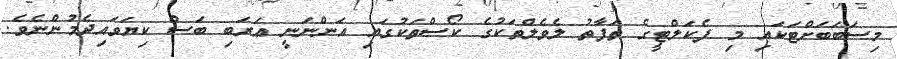
މިސަބަބަށްޓަކައި މި ފެކަލްޓީގެ ތަފާތު ލެވެލްތަކުގެ ކޯސްތަކުގައި އަންނަނީ ޢަރަބި ބަސް ކިޔަވައިދެމުންނެވެ.